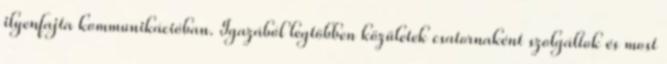
ilyenfajta kommunikációban. Igazából legtöbben közületek csatornaként szolgáltok és most